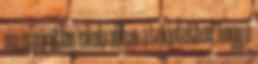
ma is páratlan iskola abban a tekintetben, hogy a